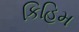
કિહિમ